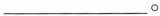
___。